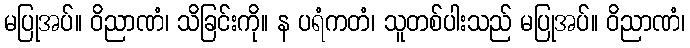
မပြုအပ်။ ဝိညာဏံ၊ သိခြင်းကို။ န ပရံကတံ၊ သူတစ်ပါးသည် မပြုအပ်။ ဝိညာဏံ၊